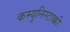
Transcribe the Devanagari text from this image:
कम्युनिस्टाक्की